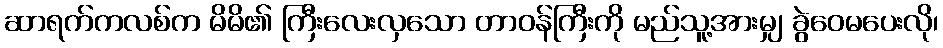
ဆာရက်ကလစ်က မိမိ၏ ကြီးလေးလှသော တာဝန်ကြီးကို မည်သူ့အားမျှ ခွဲဝေမပေးလို၊